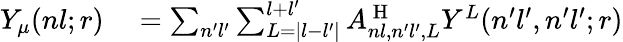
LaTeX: \begin{array}{rl}{Y_{\mu}(nl;r)}&{{}=\sum_{n^{\prime}l^{\prime}}\sum_{L=|l-l^{\prime}|}^{l+l^{\prime}}A_{nl,n^{\prime}l^{\prime},L}^{\mathrm{~H~}}Y^{L}(n^{\prime}l^{\prime},n^{\prime}l^{\prime};r)}\end{array}